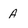
Character: A